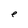
Character: e